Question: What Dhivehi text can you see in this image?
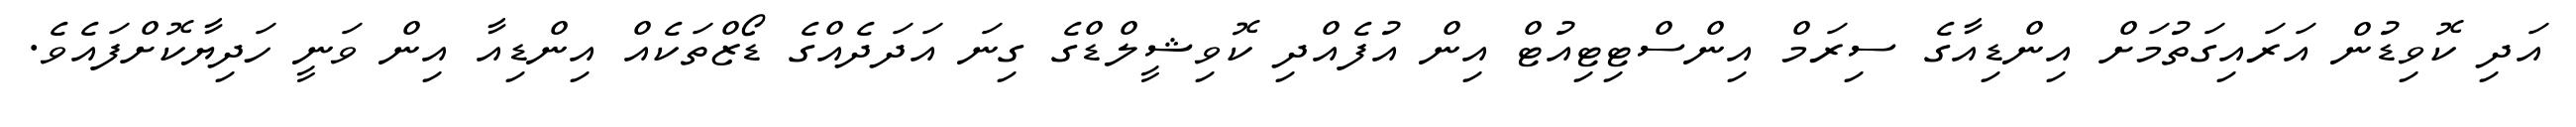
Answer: އަދި ކޮވިޑުން އަރައިގަތުމަށް އިންޑިއާގެ ސިރަމް އިންސްޓިޓިއުޓް އިން އުފެއްދި ކޮވިޝީލްޑްގެ ގިނަ އަދަދެއްގެ ޑޯޒްތަކެއް އިންޑިއާ އިން ވަނީ ހަދިޔާކޮށްފައެވެ.